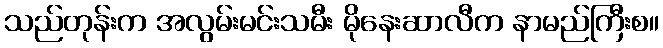
သည်တုန်းက အလွမ်းမင်းသမီး မိုနေးဆာလီက နာမည်ကြီးစ။